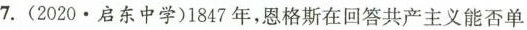
7.(2020·启东中学)1847年，恩格斯在回答共产主义能否单